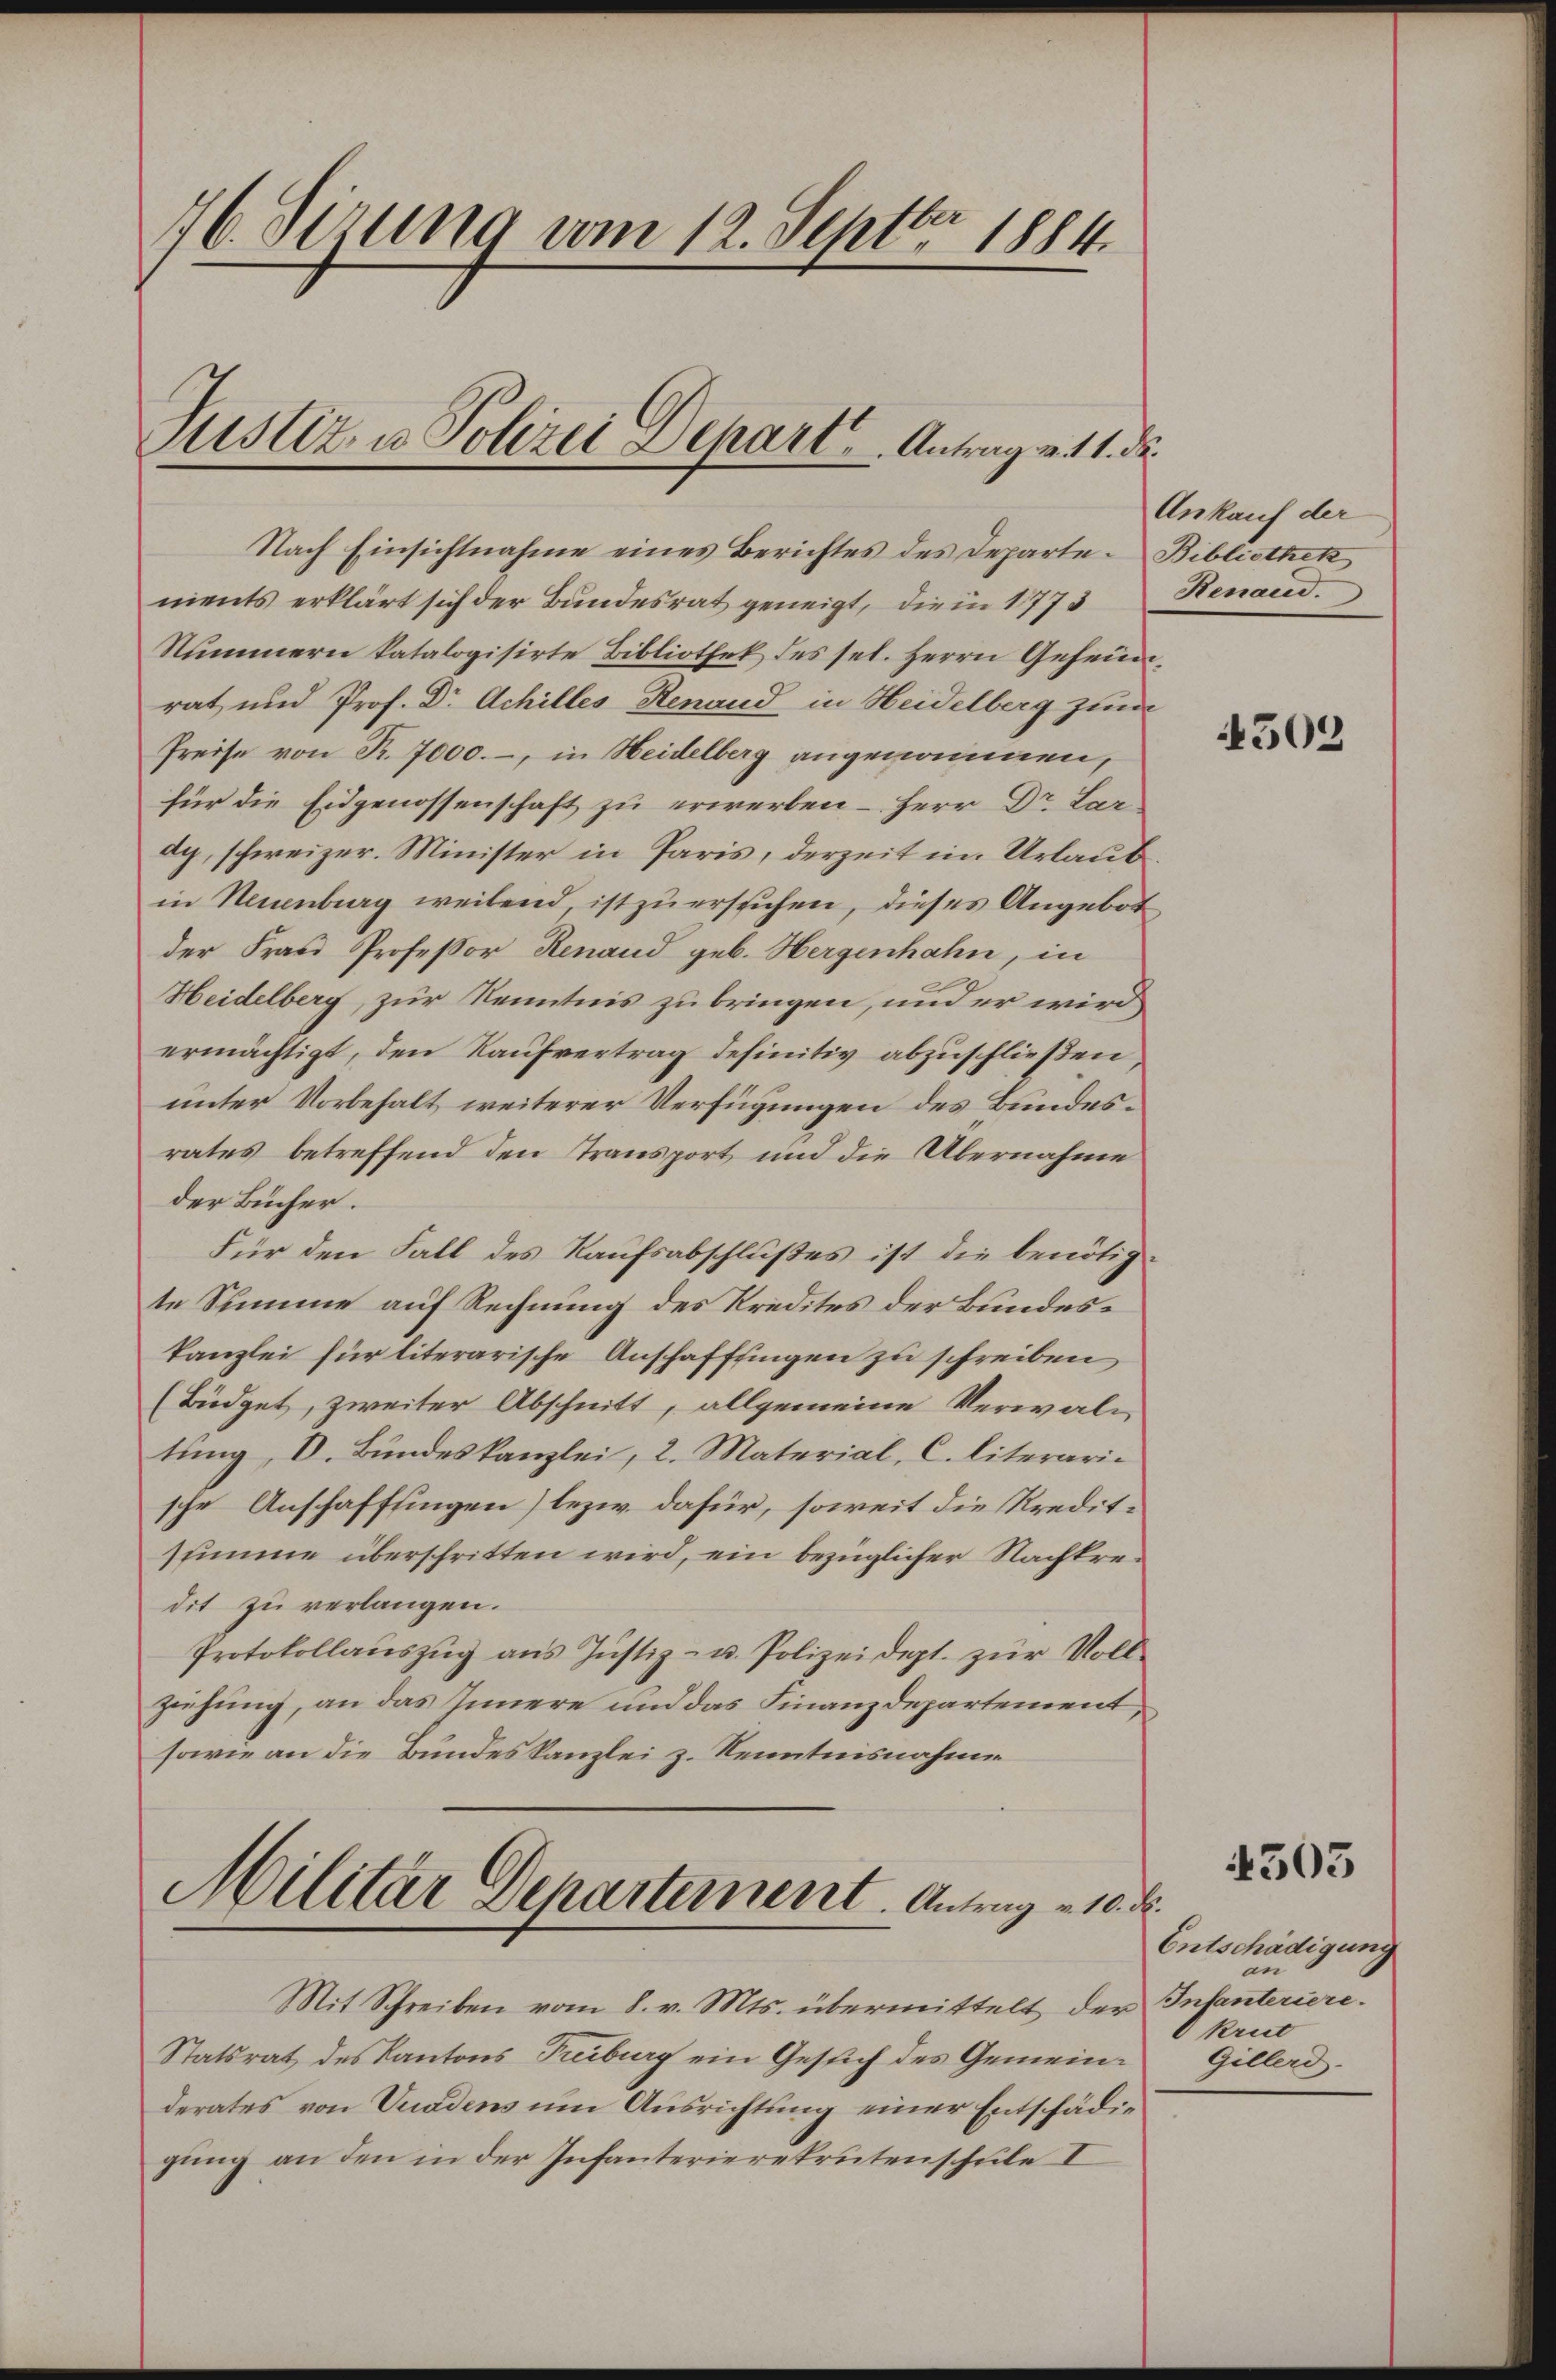
76. Sizung vom 12. Septbr 1884.
Justiz u. Polizei Depart. Antrag v. 11. d.

Nach Einsichtnahme eines Berichtes des Departe. Bibliothek
ments erklärt sich der Bŭndesrat geneigt, die in 1773 Renaud.
Nummern katalogisirte Bibliothek des sel. Herrn Geheimrat und Prof. Dr. Achilles Renand in Heidelberg zum
Preise von Fr. 7000.-, in Heidelberg angenommen,
für die Eidgenossenschaft zu erwerben – Herr Dr. Lar
dy, schweizer. Minister in Paris, derzeit im Urlaub
in Neuenburg weilend, ist zu ersuchen, dieses Angebot
der Frau Professor Renand geb. Hergenhahn, in
Heidelberg, zur Kenntnis zu bringen, und er wird
ermächtigt, den Kaufvertrag definitiv abzuschließen,
unter Vorbehalt weiterer Verfügungen des Bundesrates betreffend den Transport und die Übernahme
der Bücher.
Für den Fall des Kaufsabschlußes ist die benötigte Summe auf Rechnung des Kredites der Bundeskanzlei für literarische Anschafffingen zu schreiben
(Büdget, zweiter Abschnitt, allgemeine Verwaltung, V. Bundeskanzlei, 2. Material, C. literarii
sche Anschafffingen) bezw. dafür, soweit die Kreditsumme überschritten wird, ein bezüglicher Nachtredit zu verlangen.
Protokollaŭszŭg ans Justiz- u. Polizeidept. zŭr Voll-
ziehung, an das Innere und das Finanzdepartement,
sowie an die Bundeskanzlei z. Kenntnisnahme

Militär Departement. Antrag u. 10. d.

Mit Schreiben vom 8. v. Mts. übermittelt der
Statsrat des Kantons Treiburg ein Gesuch des Gemeinderates von Vuadens um Ausrichtung einer Entschädig
gung an den in der Infanterierekrutenschule I

Ankauf der

4503

4503

Entschädigung
an
Infanteriere.
krut
Gillerd